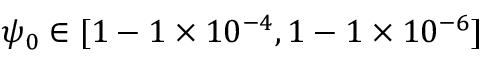
\psi _ { 0 } \in [ 1 - 1 \times 1 0 ^ { - 4 } , 1 - 1 \times 1 0 ^ { - 6 } ]